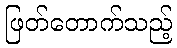
ဖြတ်တောက်သည့်